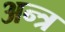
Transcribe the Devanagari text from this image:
अन्त्र